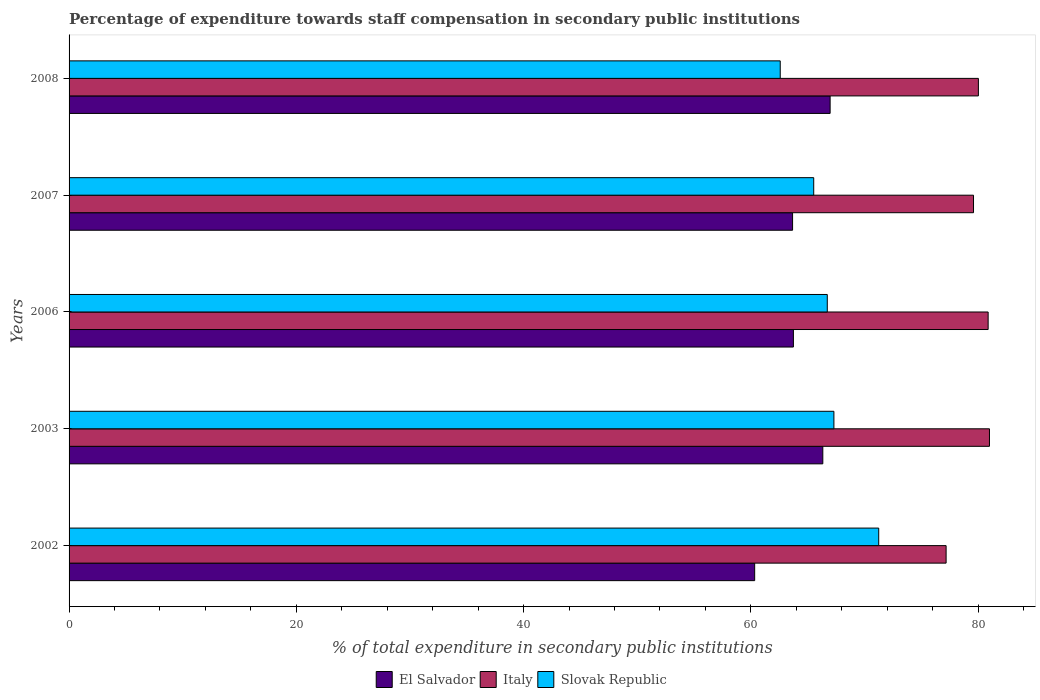
| Years | El Salvador | Italy | Slovak Republic |
 | --- | --- | --- | --- |
 | 2002 | 60.3 | 77.2 | 71.3 |
 | 2003 | 66.3 | 81 | 67.3 |
 | 2006 | 63.7 | 80.9 | 66.7 |
 | 2007 | 63.7 | 79.6 | 65.5 |
 | 2008 | 67 | 80 | 62.6 |